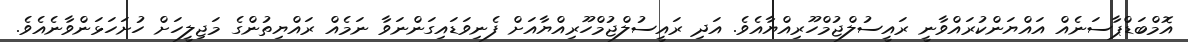
އޮމްބަޑްޕާސަނެއް އައްޔަންކުރައްވާނީ ރައީސުލްޖުމްހޫރިއްޔާއެވެ. އަދި ރައީސުލްޖުމްހޫރިއްޔާއަށް ފެނިވަޑައިގަންނަވާ ނަމެއް ރައްޔިތުންގެ މަޖިލީހަށް ހުށަހަޅަންވާނެއެވެ.